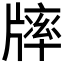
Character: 𤗪